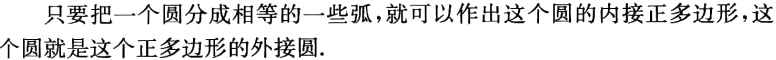
只要把一个圆分成相等的一些弧，就可以作出这个圆的内接正多边形，这个圆就是这个正多边形的外接圆.